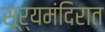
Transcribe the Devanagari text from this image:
सूर्यमंदिरात